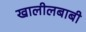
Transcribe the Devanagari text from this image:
खालीलबाबी